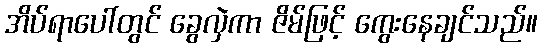
အိပ်ရာပေါ်တွင် ခွေလှဲကာ ဇိမ်ဖြင့် ကွေးနေချင်သည်။